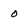
Character: 0